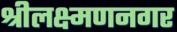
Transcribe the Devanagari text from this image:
श्रीलक्ष्मणनगर